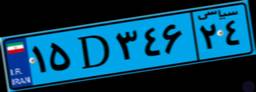
۲۷D۷۶۲۷۲